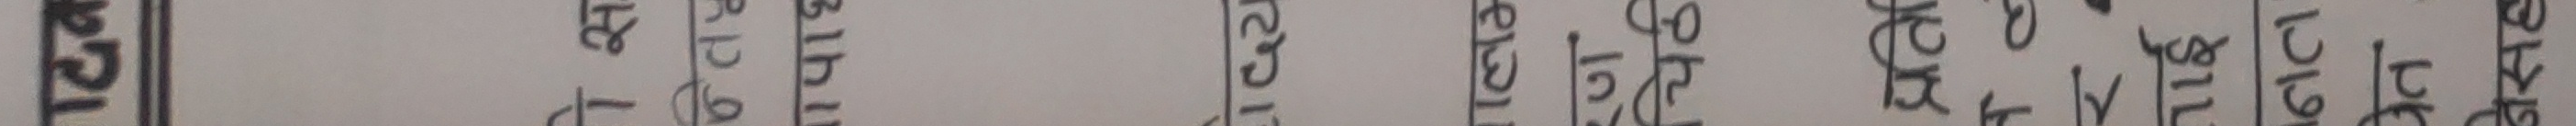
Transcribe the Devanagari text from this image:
ममा राठेनेपाली राष्ट्र संघमा भरतमा नेतृत्व भएको छ